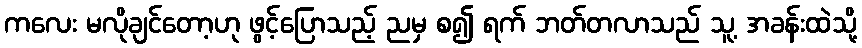
ကလေး မလိုချင်တော့ဟု ဖွင့်ပြောသည့် ညမှ စ၍ ရက် ဘတ်တလာသည် သူ့ အခန်းထဲသို့